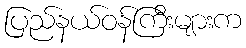
ပြည်နယ်ဝန်ကြီးများက